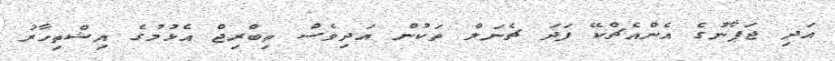
އަދި ޖަޕާނުގެ އެންއެޗްކޭ ފަދަ ޗެނަލް ތަކުން އަދިވެސް ތިބްރިޖް އެޅުމުގެ އިޝްތިހާރު